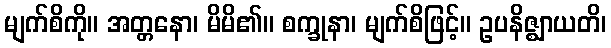
မျက်စိကို။ အတ္တနော၊ မိမိ၏။ စက္ခုနာ၊ မျက်စိဖြင့်။ ဥပနိဇ္ဈာယတိ၊